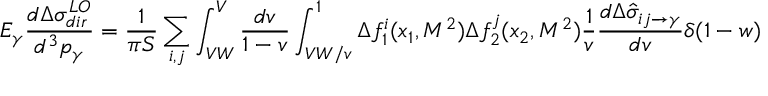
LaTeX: E _ { \gamma } \frac { d \Delta \sigma _ { d i r } ^ { L O } } { d ^ { 3 } p _ { \gamma } } = \frac { 1 } { \pi S } \sum _ { i , j } \int _ { V W } ^ { V } \frac { d v } { 1 - v } \int _ { V W / v } ^ { 1 } \Delta f _ { 1 } ^ { i } ( x _ { 1 } , M ^ { 2 } ) \Delta f _ { 2 } ^ { j } ( x _ { 2 } , M ^ { 2 } ) \frac { 1 } { v } \frac { d \Delta \hat { \sigma } _ { i j \rightarrow \gamma } } { d v } \delta ( 1 - w )